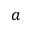
a